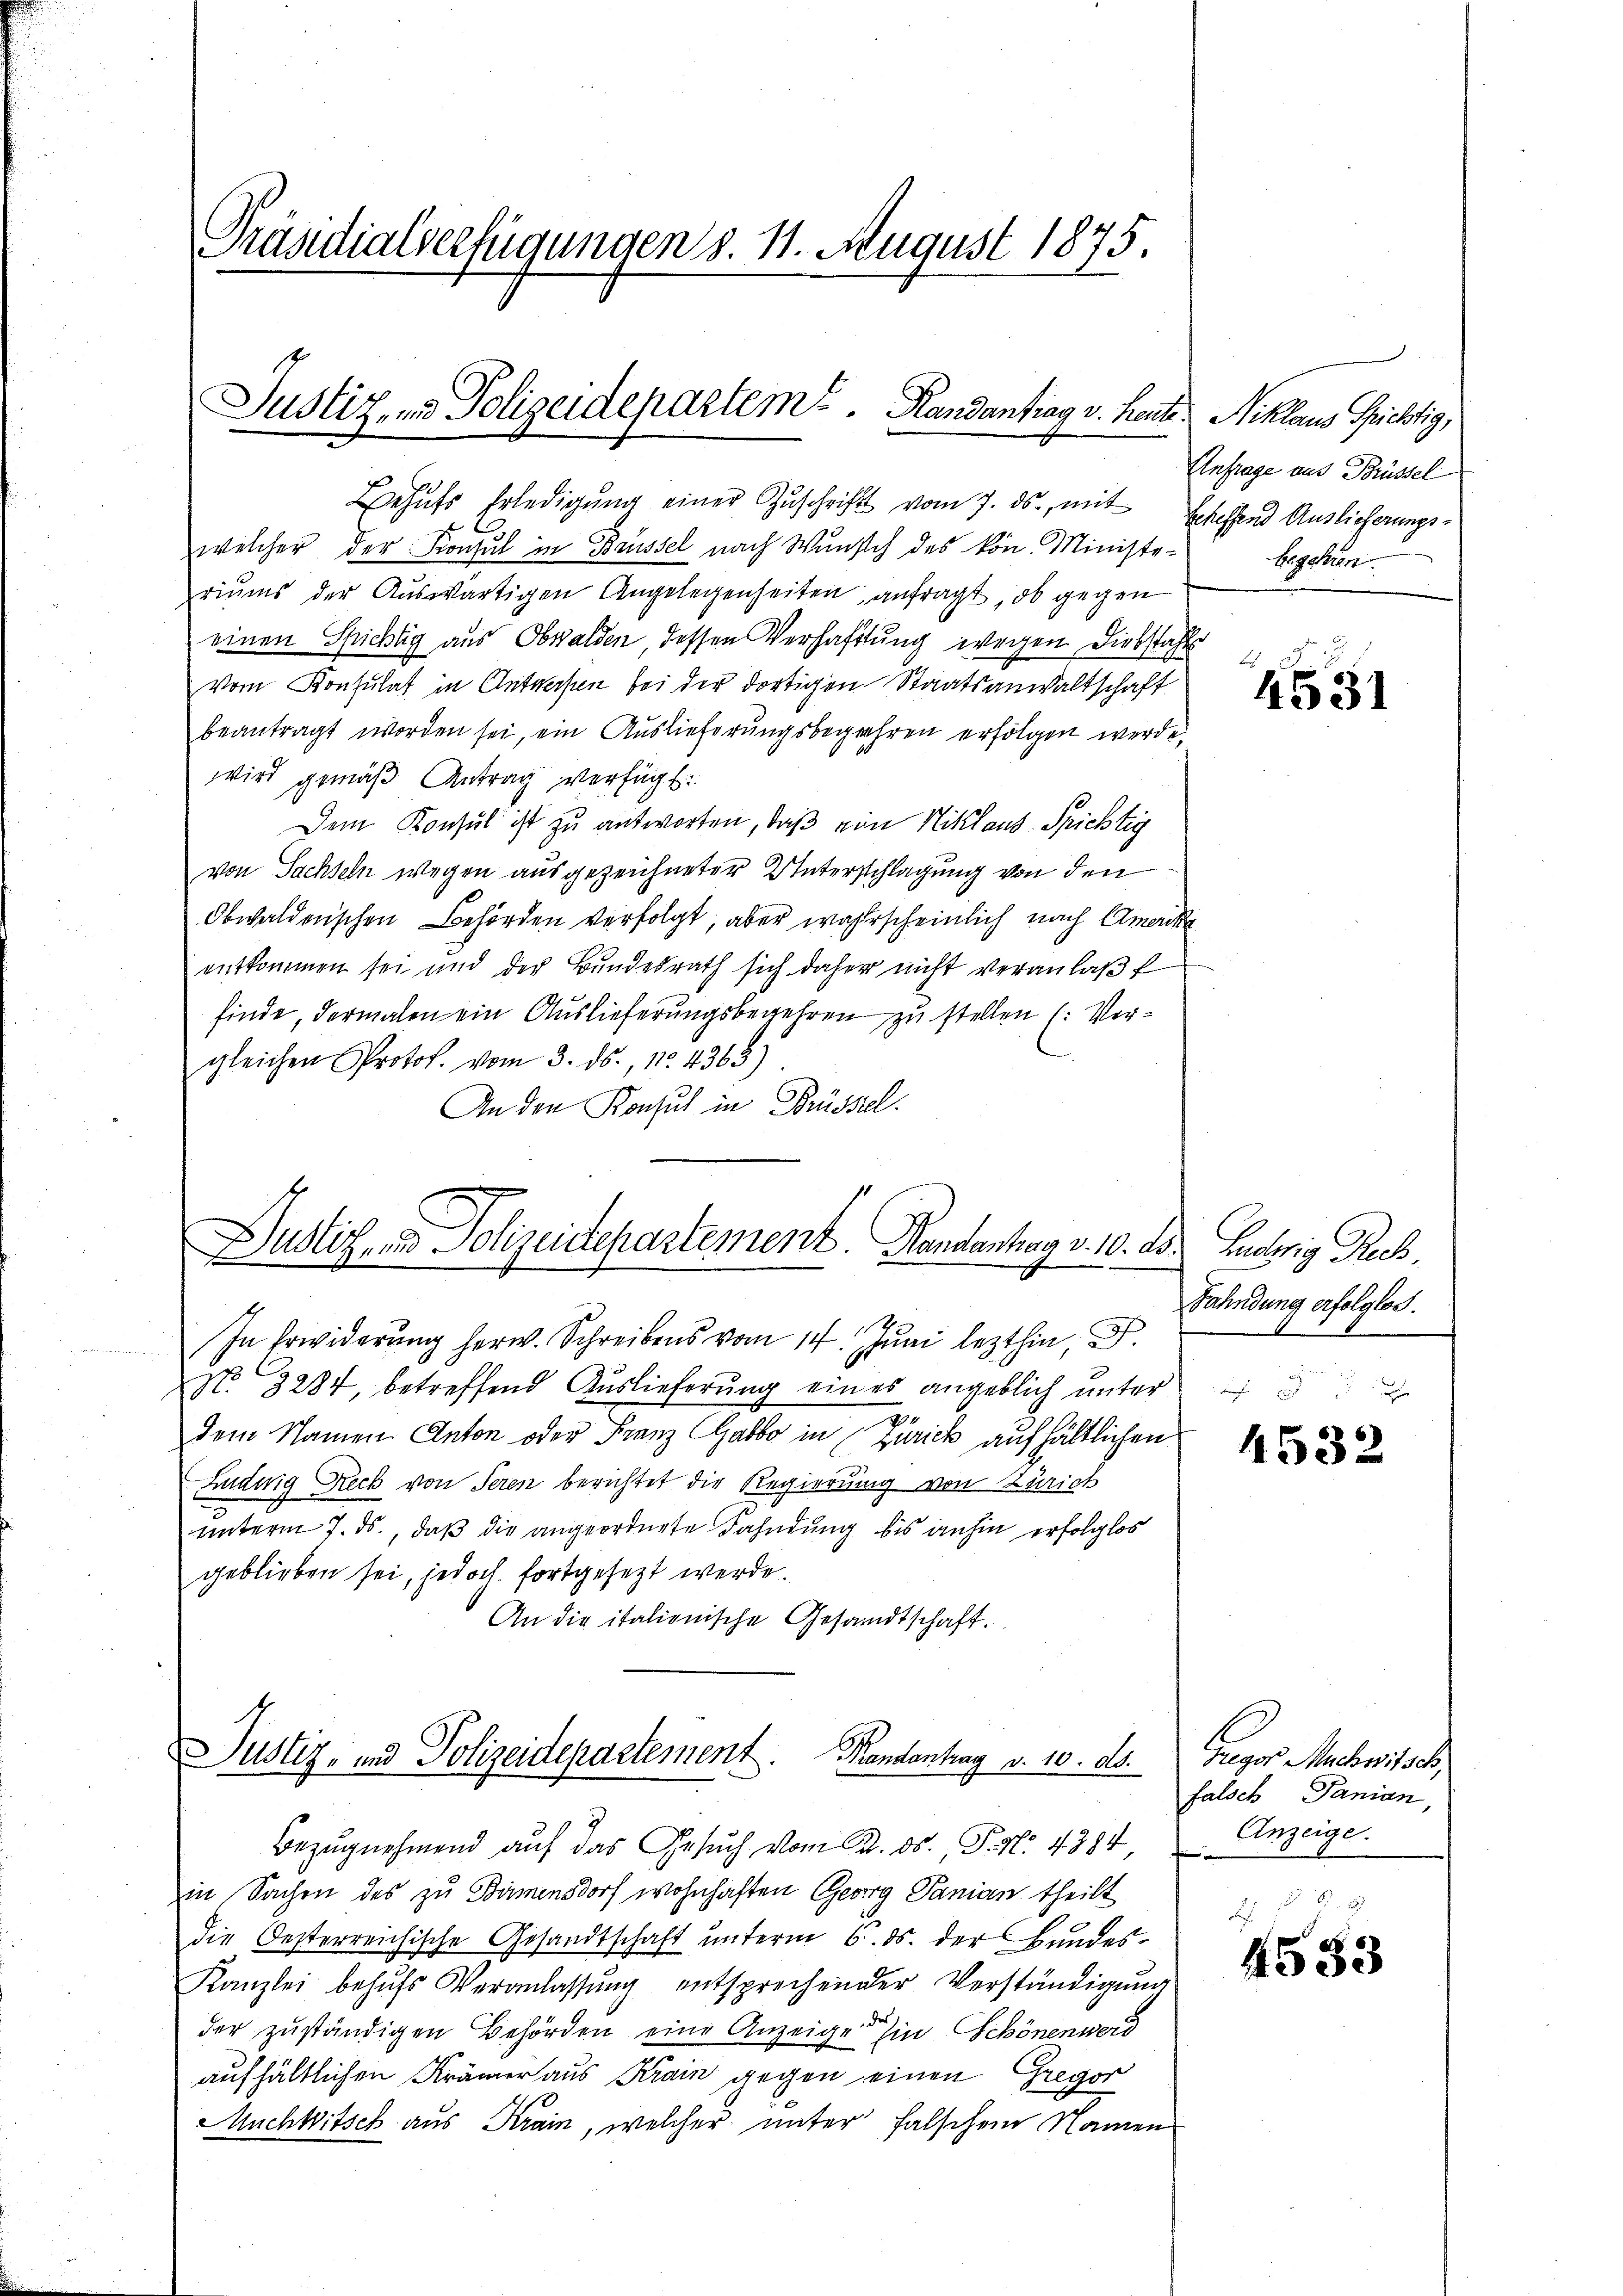
Präsidialverfügungen S. 11. August 1875.

Justiz- und Polizeidepartem Randantrag v. heute Niklaus Griechtig,

Behŭfs Erledigŭng einer Zŭschrift vom 7. ds., mit Scheffend Auslieferungswelcher der Konsul in Brüssel nach Wunsch des kön. Ministe-
riums der Auswärtigen Angelegenheiten anfragt, ob gegen
einen Spichtig aus Obwalden, dessen Verhaftung wegen Diebstahls
Vom Konsulat in Antwerfen bei der dortigen Staatsanwaltschaft
beantragt worden sei, ein Auslieferungsbegehren erfolgen werde.
wird gemäß Antrag verfügt:
Dem Konsul ist zu antworten, daß eine Niklaus-Spichtig
von Sachseln wegen ausgezeichneter Unterschlagung von den
Obwaldenschen Behörden verfolgt, aber wahrscheinlich nach Amerike
entkommen sei und der Bŭndesrath sich daher nicht veranlaβt
finde, dermalen ein Auslieferungsbegehren zu stellen (: Vergleichen Protok. vom 3. ds., 112. 4363)
An den Konsul in Brüsstel

Dustiz- und Polizeistchartement. Handantrag v. 10. ds. Helwig Ruch,
d

Justiz- und Polizeidepartement. Mandantrag v. 10. ds.

Anfrage aus Brüssel
begehren

In Erwiderŭng herw. Schreibens vom 14. Jŭni lezthin, D.
No 3284, betreffend Auslieferung eines angeblich unter
4
dem Namen Anton oder Franz Gabbo in Zürick aufhältlichen
Ludwig Reck von Seren berichtet die Regierung von Zürich
unterm 7. ds., daß die angeordnete Fahndung bis anhin erfolglos
geblieben sei, jedoch fortgesezt werde.
An die italionische Gesandtschaft.

Bezŭgnehmend auf das Gesŭch vom 22. ds., P. Nr. 4384,
in Sachen des zu Bäumensdorf wohnhaften Georg Janian theilt
die Oesterreichische Gesandtschaft unterm 6. ds. der Bundes¬
Kanzlei behŭfs Veranlassŭng entsprechender Verständigŭng
das
der zuständigen Behörden eine Anzeige Ein Schönenwerd
aufhältlichen Krämer aus Krain gegen einen Gregor
Muchbitsch aus Krain, welcher unter falschen Namen

4551

Fahndung erfolglos.

4532

regor Muchwitsch,
falsch Panian,
Anzeige.

4553